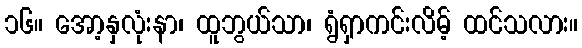
၁၆။ အော့နှလုံးနာ၊ ထူဘွယ်သာ၊ ရွံရှာကင်းလိမ့် ထင်သလား။